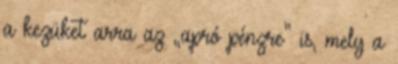
a kezüket arra az „apró pénzre” is, mely a